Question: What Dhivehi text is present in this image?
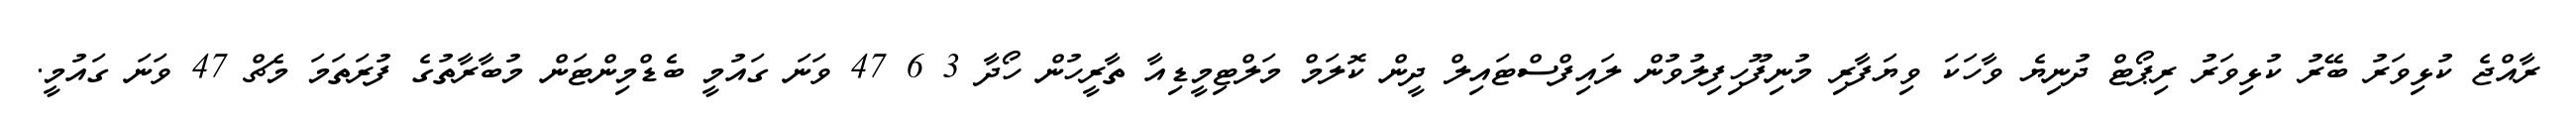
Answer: ރާއްޖެ ކުޅިވަރު ބޭރު ކުޅިވަރު ރިޕޯޓް ދުނިޔެ ވާހަކަ ވިޔަފާރި މުނިފޫހިފިލުވުން ލައިފްސްޓައިލް ދީން ކޮލަމް މަލްޓިމީޑިއާ ތާރީހުން ހޯދާ 3 6 47 ވަނަ ގައުމީ ބެޑްމިންޓަން މުބާރާތުގެ ފުރަތަމަ މެޗް 47 ވަނަ ގައުމީ.